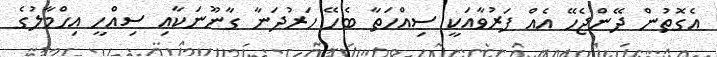
އެގޮތުން ދޭންޖެހޭ އެއް ފަރުވާއަކީ ސިއްހަތާ ބެހޭ ހަރުދަނާ ގާނޫނަކާއި ސިއްހީ އިހްމާލުގެ